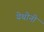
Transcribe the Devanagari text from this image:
येथोनी